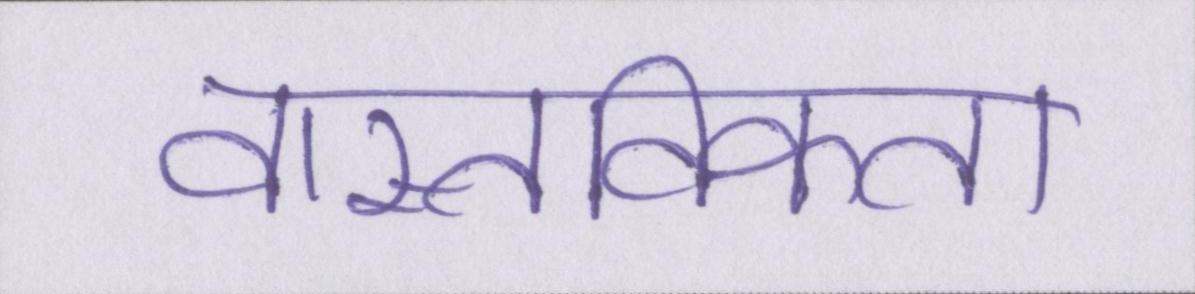
वास्तविकता